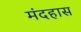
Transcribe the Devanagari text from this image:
मंदहास